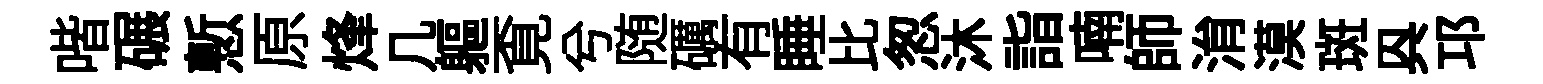
喈碾慙原烽几軀覔兮随礪有睡比怱沐詣喃師㳙漠斑㒷邛